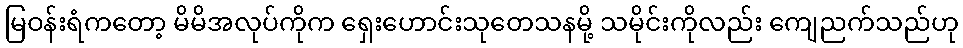
မြဝန်းရံကတော့ မိမိအလုပ်ကိုက ရှေးဟောင်းသုတေသနမို့ သမိုင်းကိုလည်း ကျေညက်သည်ဟု